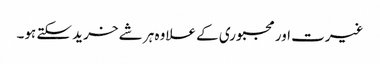
غیرت اور مجبوری کے علاوہ ہر شے خرید سکتے ہو۔